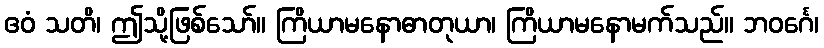
ဧဝံ သတိ၊ ဤသို့ဖြစ်သော်။ ကြိယာမနောဓာတုယာ၊ ကြိယာမနောမက်သည်။ ဘဝင်္ဂေ၊